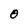
Character: O